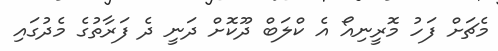
މެޗަށް ފަހު މޮރީނިއޯ އެ ކްލަބް ދޫކޮށް ދަނީ ދެ ފަރާތުގެ މެދުގައި